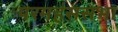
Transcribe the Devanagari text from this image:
परमहंससभा